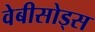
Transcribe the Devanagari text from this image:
वेबीसोड्स